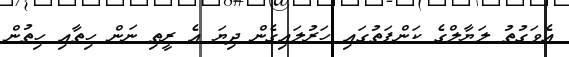
އެވަގުތު ލަޔާލްގެ ކަންފަތުގައި ހަރުލައިގެން ދިޔަ އެ ރީތި ނަން ހިތާއި ހިތުން